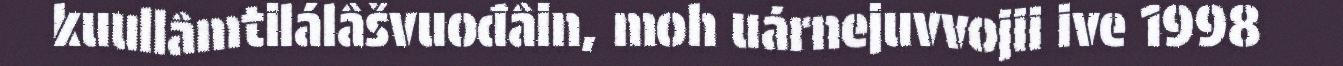
kuullâmtilálâšvuođâin, moh uárnejuvvojii ive 1998